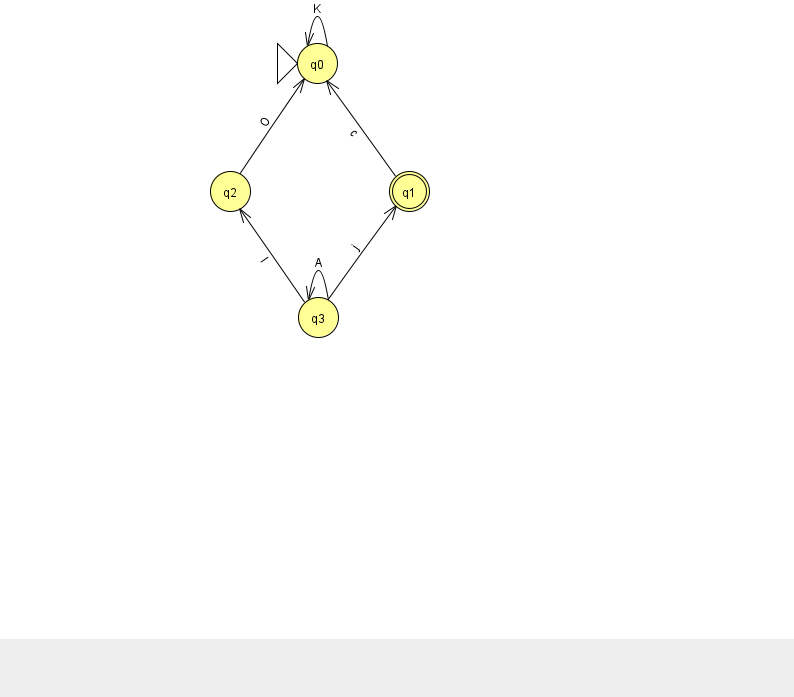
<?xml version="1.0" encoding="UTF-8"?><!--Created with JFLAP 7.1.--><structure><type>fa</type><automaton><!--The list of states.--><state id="0" name="q0"><x>317.0</x><y>50.0</y><initial/></state><state id="1" name="q1"><x>409.0</x><y>178.0</y><final/></state><state id="2" name="q2"><x>230.0</x><y>178.0</y></state><state id="3" name="q3"><x>318.0</x><y>304.0</y></state><!--The list of transitions.--><transition><from>3</from><to>1</to><read>j</read></transition><transition><from>3</from><to>3</to><read>A</read></transition><transition><from>3</from><to>2</to><read>I</read></transition><transition><from>2</from><to>0</to><read>O</read></transition><transition><from>0</from><to>0</to><read>K</read></transition><transition><from>1</from><to>0</to><read>c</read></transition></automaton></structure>